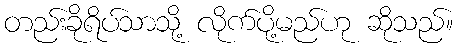
တည်းခိုရိပ်သာသို့ လိုက်ပို့မည်ဟု ဆိုသည်။